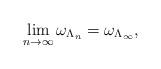
LaTeX: \begin{align*}\lim_{n\to\infty} \omega_{\Lambda_n} = \omega_{\Lambda_\infty},\end{align*}